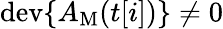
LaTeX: \mathrm{dev}\{ A_{\mathrm{M}}(t[i])\} \ne 0